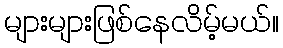
များများဖြစ်နေလိမ့်မယ်။